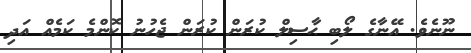
ނޫނެވެ. އޭނާގެ ލޯބި ޙާސިލް ކުރަން ކުރަން ޖެހުނު ކޮންމެ ކަމެއް އަދި